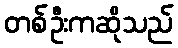
တစ်ဦးကဆိုသည်